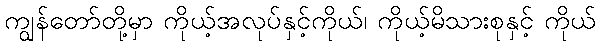
ကျွန်တော်တို့မှာ ကိုယ့်အလုပ်နှင့်ကိုယ်၊ ကိုယ့်မိသားစုနှင့် ကိုယ်